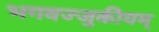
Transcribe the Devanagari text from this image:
भगवज्जुकीयम्‌